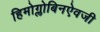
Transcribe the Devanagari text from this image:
हिमोग्लोबिनऐवजी